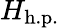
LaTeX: H_{\mathrm{h.p.}}